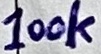
Text: 100k